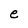
Character: e